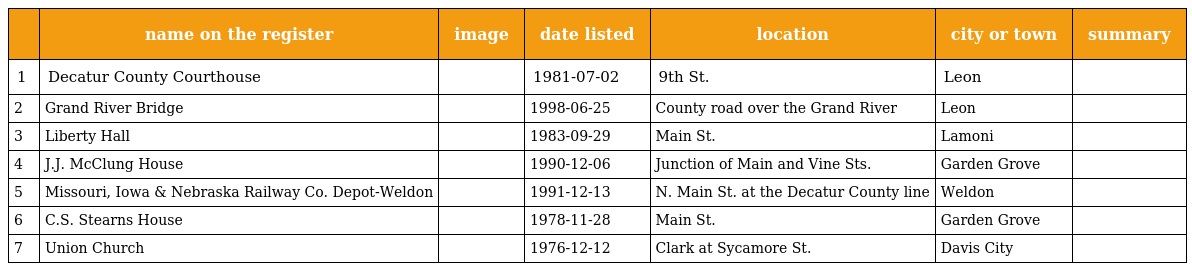
|  | name on the register | image | date listed | location | city or town | summary |
 | --- | --- | --- | --- | --- | --- | --- |
 | 1 | Decatur County Courthouse |  | 1981-07-02 | 9th St. | Leon |  |
 | 2 | Grand River Bridge |  | 1998-06-25 | County road over the Grand River | Leon |  |
 | 3 | Liberty Hall |  | 1983-09-29 | Main St. | Lamoni |  |
 | 4 | J.J. McClung House |  | 1990-12-06 | Junction of Main and Vine Sts. | Garden Grove |  |
 | 5 | Missouri, Iowa & Nebraska Railway Co. Depot-Weldon |  | 1991-12-13 | N. Main St. at the Decatur County line | Weldon |  |
 | 6 | C.S. Stearns House |  | 1978-11-28 | Main St. | Garden Grove |  |
 | 7 | Union Church |  | 1976-12-12 | Clark at Sycamore St. | Davis City |  |